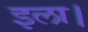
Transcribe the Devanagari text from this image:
इला।